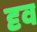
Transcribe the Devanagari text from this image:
दृव